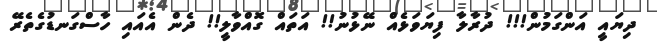
ދިޔައީ އަންގަމުން!!! ދުރާލާ ފިޔަވަޅެއް ނޭޅުނު!! އަތައް ގޮއްވާލީ!! ދެން އެއައި ހާސްގަނޑުގެތެރޭ